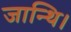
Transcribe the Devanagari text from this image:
जान्थि।